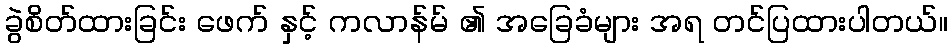
ခွဲစိတ်ထားခြင်း ဖေက် နှင့် ကလာန်မ် ၏ အခြေခံများ အရ တင်ပြထားပါတယ်။